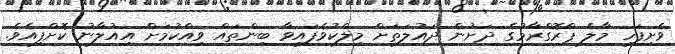
ވެށިފަހި މާލެ ޕްރޮގްރާމުގެ ދަށުން ދައުލަތަށް މިލްކުވެފައިވާ ބިންތައް ވިއްކުމަށް އިއުލާނު ކޮށްފިއެވެ.